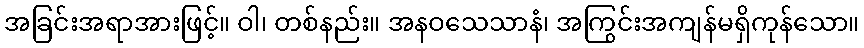
အခြင်းအရာအားဖြင့်။ ဝါ၊ တစ်နည်း။ အနဝသေသာနံ၊ အကြွင်းအကျန်မရှိကုန်သော။